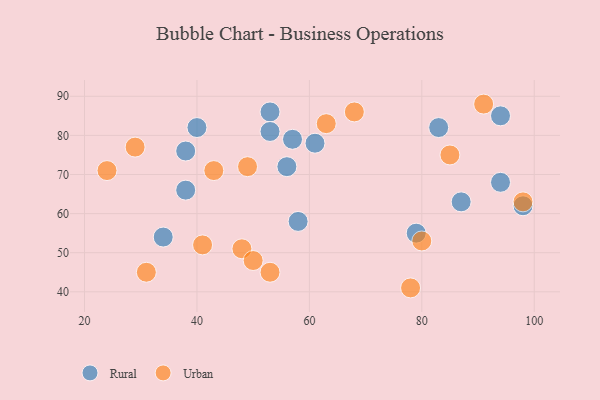
{"axis": {"x": "GDP", "y": "Life Expectancy"}, "legend": ["Rural", "Urban"], "data": [{"x": "40", "y": 82, "type": "Rural"}, {"x": "57", "y": 79, "type": "Rural"}, {"x": "53", "y": 86, "type": "Rural"}, {"x": "58", "y": 58, "type": "Rural"}, {"x": "83", "y": 82, "type": "Rural"}, {"x": "94", "y": 85, "type": "Rural"}, {"x": "38", "y": 66, "type": "Rural"}, {"x": "87", "y": 63, "type": "Rural"}, {"x": "79", "y": 55, "type": "Rural"}, {"x": "94", "y": 68, "type": "Rural"}, {"x": "56", "y": 72, "type": "Rural"}, {"x": "61", "y": 78, "type": "Rural"}, {"x": "38", "y": 76, "type": "Rural"}, {"x": "98", "y": 62, "type": "Rural"}, {"x": "34", "y": 54, "type": "Rural"}, {"x": "53", "y": 81, "type": "Rural"}, {"x": "29", "y": 77, "type": "Urban"}, {"x": "78", "y": 41, "type": "Urban"}, {"x": "68", "y": 86, "type": "Urban"}, {"x": "24", "y": 71, "type": "Urban"}, {"x": "48", "y": 51, "type": "Urban"}, {"x": "98", "y": 63, "type": "Urban"}, {"x": "53", "y": 45, "type": "Urban"}, {"x": "85", "y": 75, "type": "Urban"}, {"x": "50", "y": 48, "type": "Urban"}, {"x": "49", "y": 72, "type": "Urban"}, {"x": "43", "y": 71, "type": "Urban"}, {"x": "80", "y": 53, "type": "Urban"}, {"x": "41", "y": 52, "type": "Urban"}, {"x": "91", "y": 88, "type": "Urban"}, {"x": "31", "y": 45, "type": "Urban"}, {"x": "63", "y": 83, "type": "Urban"}]}